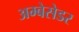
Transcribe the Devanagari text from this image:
अम्बेसेडर